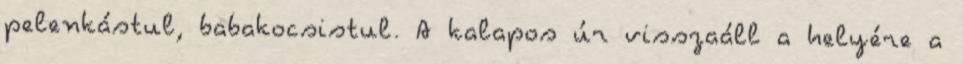
pelenkástul, babakocsistul. A kalapos úr visszaáll a helyére a